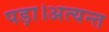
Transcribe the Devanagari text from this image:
पड़ा।अत्यन्त